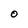
Character: 0